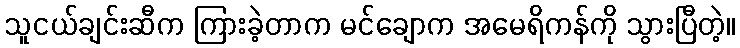
သူငယ်ချင်းဆီက ကြားခဲ့တာက မင်ချောက အမေရိကန်ကို သွားပြီတဲ့။